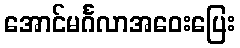
အောင်မင်္ဂလာအဝေးပြေး